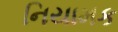
નિયામક